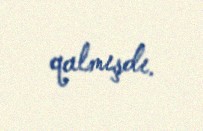
qalmışdı.